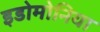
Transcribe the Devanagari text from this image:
इडोमोनिया